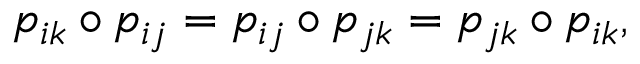
p _ { i k } \circ p _ { i j } = p _ { i j } \circ p _ { j k } = p _ { j k } \circ p _ { i k } ,